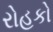
રોહકો